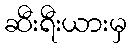
ဆီးရီးယားမှ